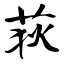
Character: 荻